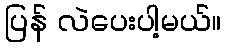
ပြန် လဲပေးပါ့မယ်။